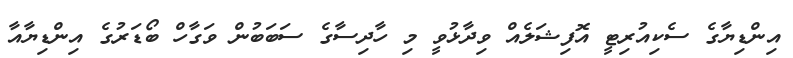
އިންޑިޔާގެ ސެކިއުރިޓީ އޮފިޝަލެއް ވިދާޅުވީ މި ހާދިސާގެ ސަބަބުން ވަގާހް ބޯޑަރުގެ އިންޑިޔާއާ